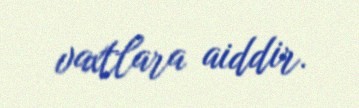
vaxtlara aiddir.